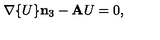
\mathbf { \nabla } \{ U \} \mathbf { n } _ { 3 } - \mathbf { A } U = 0 ,